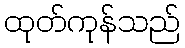
ထုတ်ကုန်သည်